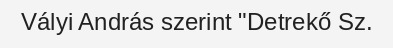
Vályi András szerint "Detrekő Sz.